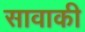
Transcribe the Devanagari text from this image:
सावाकी